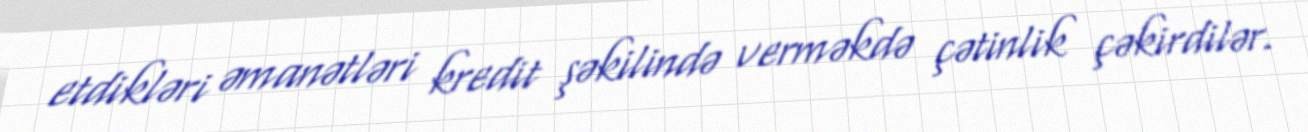
etdikləri əmanətləri kredit şəkilində verməkdə çətinlik çəkirdilər.